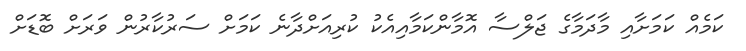
ކަމެއް ކަމަށާއި މާދަމާގެ ޖަލްސާ އޮމާންކަމާއިއެކު ކުރިއަށްދާނެ ކަމަށް ސަރުކާރުން ވަރަށް ބޮޑަށް